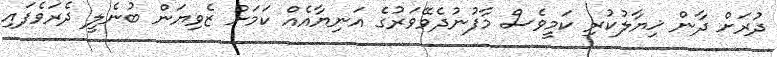
ދުރަށް ދާން ޚިޔާލުކުރި ކަމީވެސް މާފުނުދެވޭވަރުގެ އަނިޔާއެއް ކަމަށް ޒެވިޔަން ބުނެލީ ދެރަވެފައި